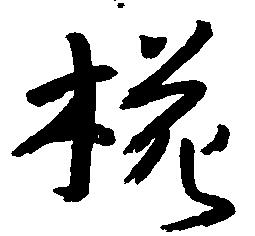
椛